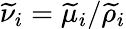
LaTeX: \widetilde{\nu}_{i}=\widetilde{\mu}_{i}/\widetilde{\rho}_{i}